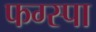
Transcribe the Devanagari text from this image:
फग्स्पा